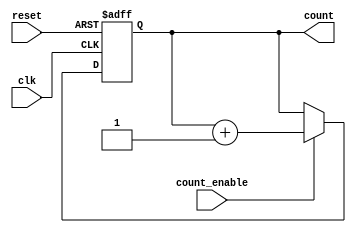
module async_counter (
    input wire clk,              // Clock input
    input wire reset,            // Asynchronous reset input
    input wire count_enable,     // Count enable input
    output reg [N-1:0] count     // Counter output
);
    parameter N = 4; // Number of bits for the counter

    always @(posedge clk or posedge reset) begin
        if (reset) begin
            count <= 0; // Reset the counter to 0
        end else if (count_enable) begin
            count <= count + 1; // Increment the counter
        end
    end
endmodule